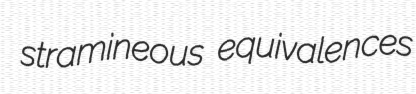
stramineous equivalences